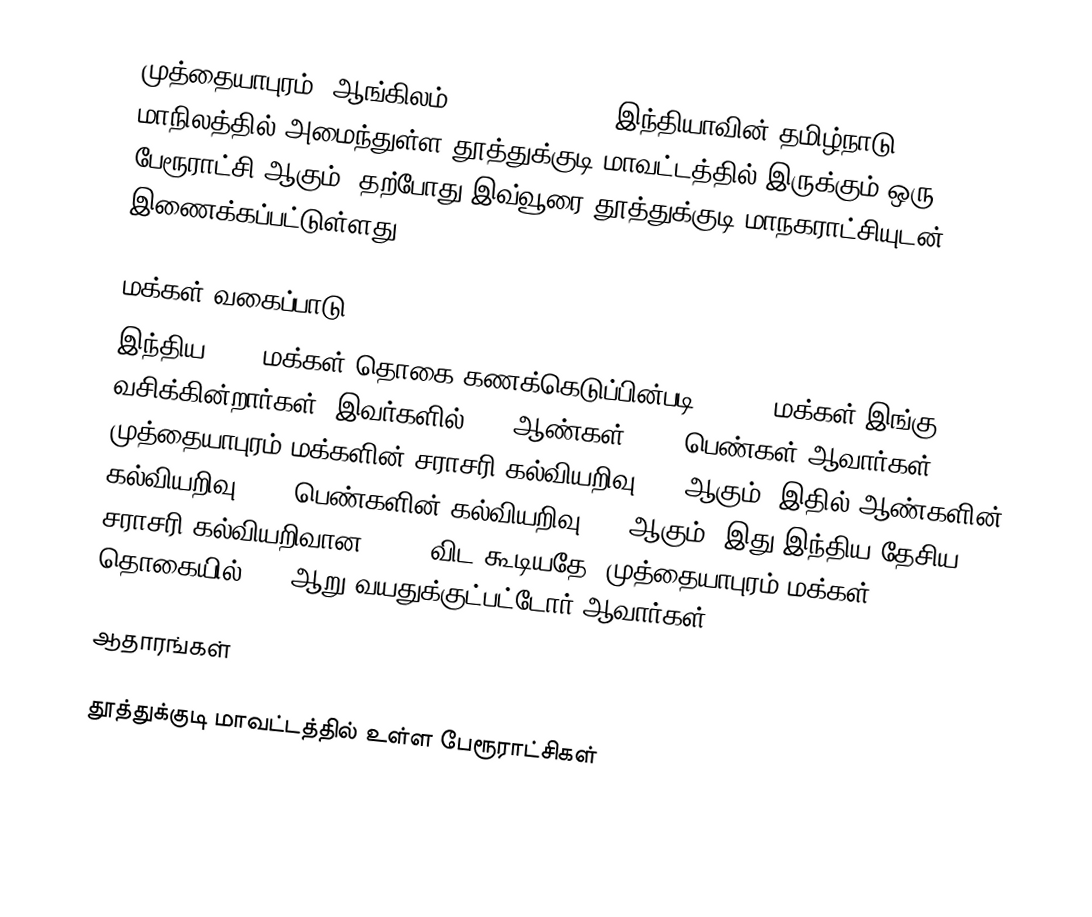
முத்தையாபுரம் (ஆங்கிலம்:Muttayyapuram), இந்தியாவின் தமிழ்நாடு மாநிலத்தில் அமைந்துள்ள தூத்துக்குடி மாவட்டத்தில் இருக்கும் ஒரு பேரூராட்சி ஆகும். தற்போது இவ்வூரை தூத்துக்குடி மாநகராட்சியுடன் இணைக்கப்பட்டுள்ளது.

மக்கள் வகைப்பாடு
இந்திய 2001 மக்கள் தொகை கணக்கெடுப்பின்படி 30,314 மக்கள் இங்கு வசிக்கின்றார்கள். இவர்களில் 52% ஆண்கள், 48% பெண்கள் ஆவார்கள். முத்தையாபுரம் மக்களின் சராசரி கல்வியறிவு 70% ஆகும், இதில் ஆண்களின் கல்வியறிவு 74%, பெண்களின் கல்வியறிவு 66% ஆகும். இது இந்திய தேசிய சராசரி கல்வியறிவான 59.5% விட கூடியதே. முத்தையாபுரம் மக்கள் தொகையில் 11% ஆறு வயதுக்குட்பட்டோர் ஆவார்கள்.

ஆதாரங்கள்

தூத்துக்குடி மாவட்டத்தில் உள்ள பேரூராட்சிகள்